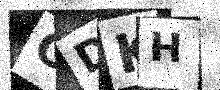
Text: ODKH